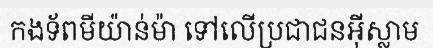
កងទ័ពមីយ៉ាន់ម៉ា ទៅលើប្រជាជនអ៊ីស្លាម